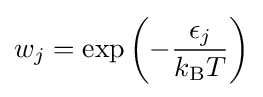
w_{j}=\exp \left(-{\frac {\epsilon _{j}}{k_{\mathrm {B} }T}}\right)